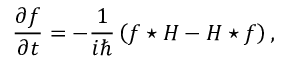
{ \frac { \partial f } { \partial t } } = - { \frac { 1 } { i \hbar } } \left( f \star H - H \star f \right) ,